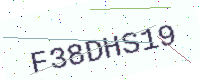
Text: F38DHS19